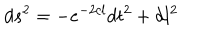
d s ^ { 2 } = - e ^ { - 2 c l } d t ^ { 2 } + d l ^ { 2 }